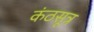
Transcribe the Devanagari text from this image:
कंठसूत्र